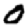
Digit: 0